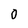
Character: 0